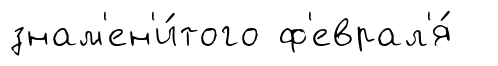
знам'ен'и́того ф'еврал'я́